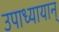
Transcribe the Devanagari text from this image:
उपाध्यायान्‌